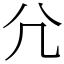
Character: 𡯂